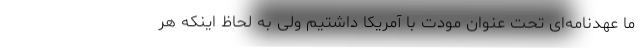
ما عهدنامه‌ای تحت عنوان مودت با آمریکا داشتیم ولی به لحاظ اینکه هر